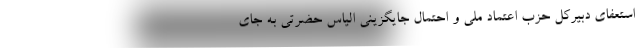
استعفای دبیرکل حزب اعتماد ملی و احتمال جایگزینی الیاس حضرتی به جای